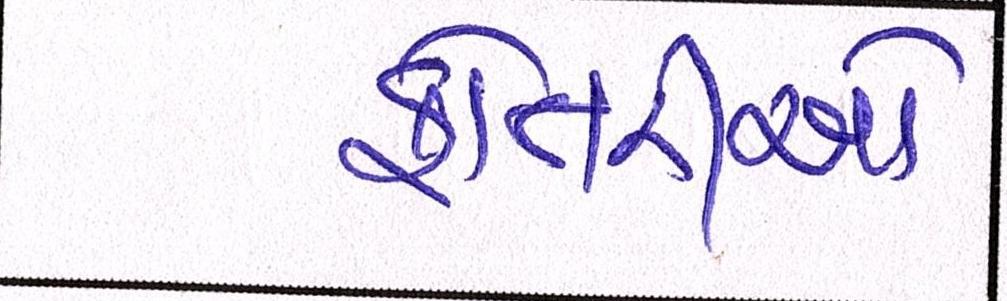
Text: ફોતરીઓ